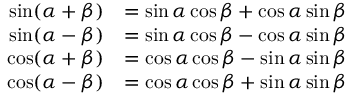
{ \begin{array} { r l } { \sin ( \alpha + \beta ) } & { = \sin \alpha \cos \beta + \cos \alpha \sin \beta } \\ { \sin ( \alpha - \beta ) } & { = \sin \alpha \cos \beta - \cos \alpha \sin \beta } \\ { \cos ( \alpha + \beta ) } & { = \cos \alpha \cos \beta - \sin \alpha \sin \beta } \\ { \cos ( \alpha - \beta ) } & { = \cos \alpha \cos \beta + \sin \alpha \sin \beta } \end{array} }